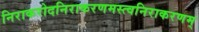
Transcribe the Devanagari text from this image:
निराकरोदनिराकरणमस्त्वनिराकरणम्